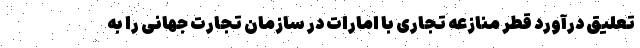
تعلیق درآورد قطر منازعه تجاری با امارات در سازمان تجارت جهانی را به